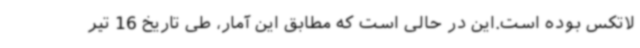
لاتکس بوده است.این در حالی است که مطابق این آمار، طی تاریخ 16 تیر